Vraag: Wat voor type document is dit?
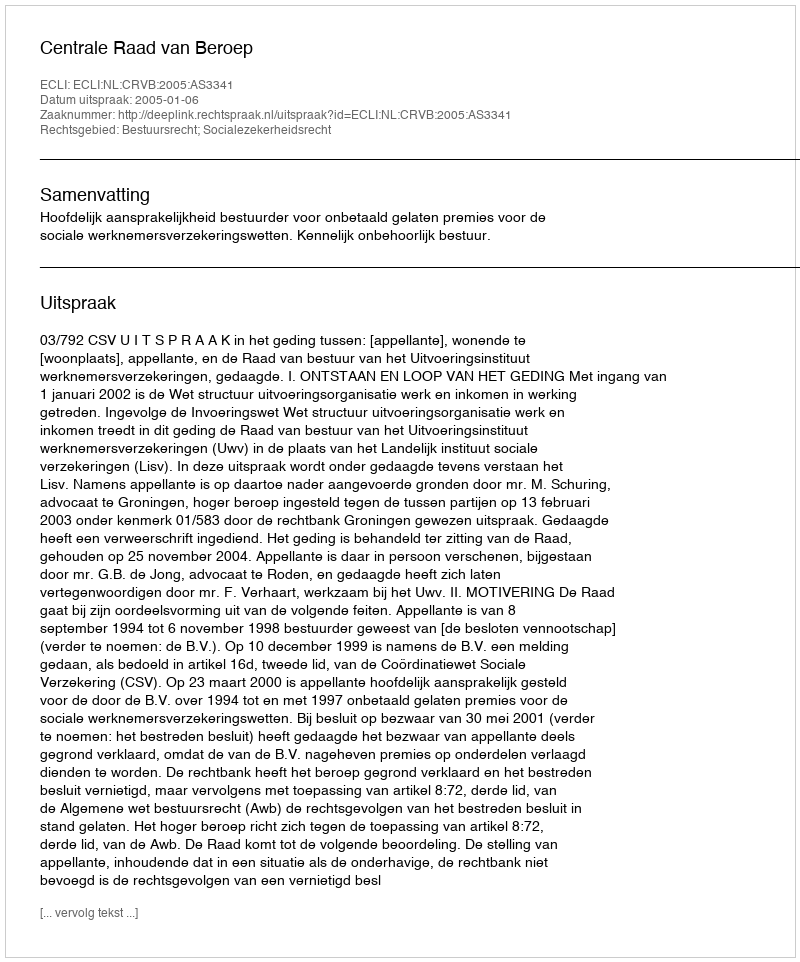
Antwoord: Uitspraak